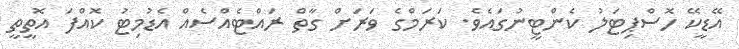
އޭޑީކޭ ހޮސްޕިޓަލު ކެންޓީނުގައެވެ. ކަރަމްގެ ވަރަށް ގާތް ރައްޓެއްސެއް އެޑުމިޓު ކޮއްފަ އޮތީތީ